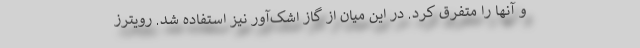
و آنها را متفرق کرد. در این میان از گاز اشک‌آور نیز استفاده شد. رویترز